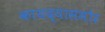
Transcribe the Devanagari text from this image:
कायद्यासमोर